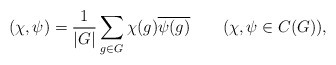
\begin{align*}(\chi, \psi) = \frac{1}{|G|} \sum_{g \in G} \chi(g) \overline{\psi(g)}\qquad(\chi,\psi\in C(G)),\end{align*}